Civil Veterinary Dept. Bombay admin report 1914-1922 - 1914-1922
Year: 1914
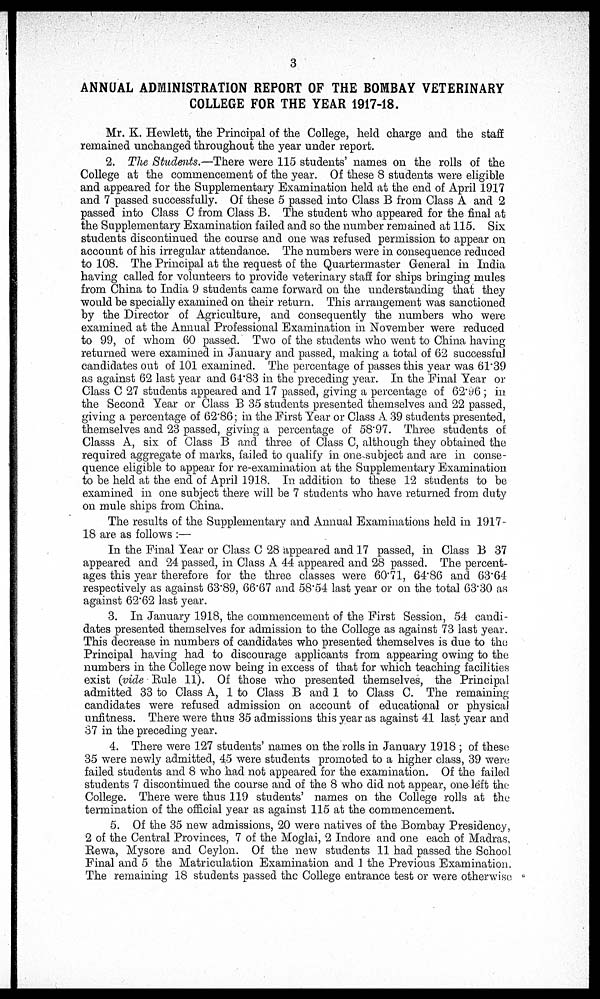
3
ANNUAL ADMINISTRATION REPORT OF THE BOMBAY VETERINARY
COLLEGE FOR THE YEAR 1917-18.
Mr. K. Hewlett, the Principal of the College, held charge and the staff
remained unchanged throughout the year under report.
2. The Students.—There were 115 students' names on the rolls of the
College at the commencement of the year. Of these 8 students were eligible
and appeared for the Supplementary Examination held at the end of April 1917
and 7 passed successfully. Of these 5 passed into Class B from Class A and 2
passed into Class C from Class B. The student who appeared for the final at
the Supplementary Examination failed and so the number remained at 115. Six
students discontinued the course and one was refused permission to appear on
account of his irregular attendance. The numbers were in consequence reduced
to 108. The Principal at the request of the Quartermaster General in India
having called for volunteers to provide veterinary staff for ships bringing mules
from China to India 9 students came forward on the understanding that they
would be specially examined on their return. This arrangement was sanctioned
by the Director of Agriculture, and consequently the numbers who were
examined at the Annual Professional Examination in November were reduced
to 99, of whom 60 passed. Two of the students who went to China having
returned were examined in January and passed, making a total of 62 successful
candidates out of 101 examined. The percentage of passes this year was 61.39
as against 62 last year and 64.83 in the preceding year. In the Final Year or
Class C 27 students appeared and 17 passed, giving a percentage of 62.96; in
the Second Year or Class B 35 students presented themselves and 22 passed,
giving a percentage of 62.86; in the First Year or Class A 39 students presented,
themselves and 23 passed, giving a percentage of 58.97. Three students of
Classs A, six of Class B and three of Class C, although they obtained the
required aggregate of marks, failed to qualify in one subject and are in conse-
quence eligible to appear for re-examination at the Supplementary Examination
to be held at the end of April 1918. In addition to these 12 students to be
examined in one subject there will be 7 students who have returned from duty
on mule ships from China.
The results of the Supplementary and Annual Examinations held in 1917-
18 are as follows:—
In the Final Year or Class C 28 appeared and 17 passed, in Class B 37
appeared and 24 passed, in Class A 44 appeared and 28 passed. The percent-
ages this year therefore for the three classes were 60.71, 64.86 and 63.64
respectively as against 63.89, 66.67 and 58.54 last year or on the total 63.30 as
against 62.62 last year.
3. In January 1918, the commencement of the First Session, 54 candi-
dates presented themselves for admission to the College as against 73 last year.
This decrease in numbers of candidates who presented themselves is due to the
Principal having had to discourage applicants from appearing owing to the
numbers in the College now being in excess of that for which teaching facilities
exist (vide Rule 11). Of those who presented themselves, the Principal
admitted 33 to Class A, 1 to Class B and 1 to Class C. The remaining
candidates were refused admission on account of educational or physical
unfitness. There were thus 35 admissions this year as against 41 last year and
37 in the preceding year.
4. There were 127 students' names on the rolls in January 1918; of these
35 were newly admitted, 45 were students promoted to a higher class, 39 were
failed students and 8 who had not appeared for the examination. Of the failed
students 7 discontinued the course and of the 8 who did not appear, one left the
College. There were thus 119 students' names on the College rolls at the
termination of the official year as against 115 at the commencement.
5. Of the 35 new admissions, 20 were natives of the Bombay Presidency,
2 of the Central Provinces, 7 of the Moglai, 2 Indore and one each of Madras,
Rewa, Mysore and Ceylon. Of the new students 11 had passed the School
Final and 5 the Matriculation Examination and 1 the Previous Examination.
The remaining 18 students passed the College entrance test or were otherwise